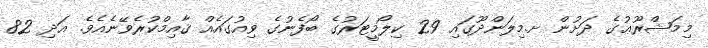
މިމަޝްރޫޢުގެ ދަށުން ށ.މިލަންދޫގައި 29 ކިލޯމީޓަރުގެ ބޯފެނުގެ ވިއުގައެއް ޤާއިމްކުރެވޭނެއެވެ. އަދި 82